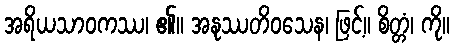
အရိယသာဝကဿ၊ ၏။ အနုဿတိဝသေန၊ ဖြင့်။ စိတ္တံ၊ ကို။